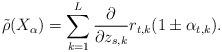
\begin{align*} \tilde{\rho} (X_{\alpha}) = \sum _{k=1} ^L \frac{\partial}{\partial z_{s,k}} r_{t,k} (1 \pm \alpha _{t,k}).\end{align*}